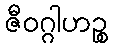
ဇီဝဂ္ဂါဟဉ္စ